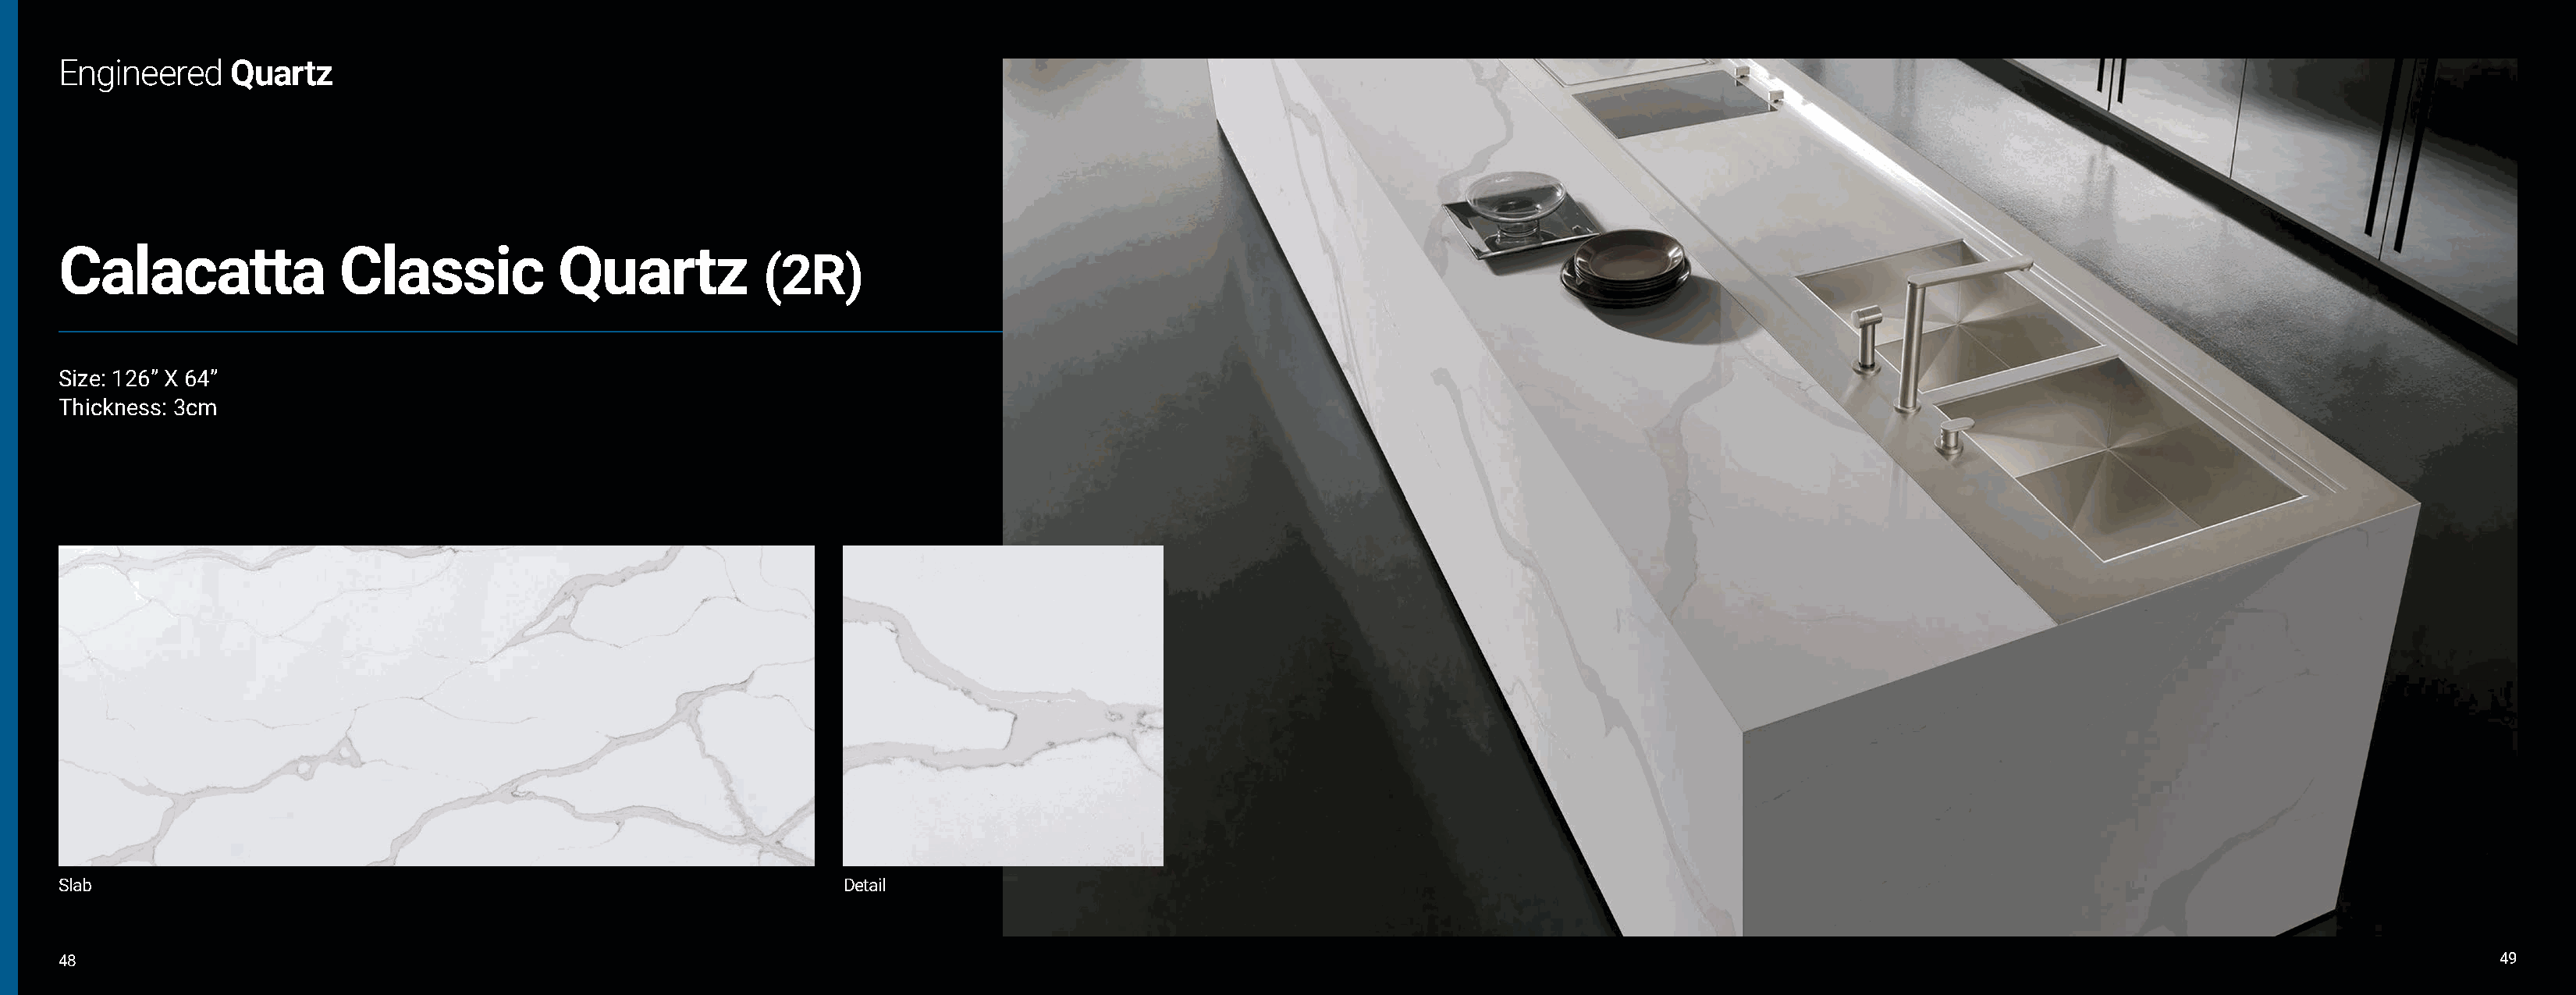
Engineered     Quartz
 Calacatta               Classic           Quartz
 (2R)
 Size: 126” X 64”
 Thickness: 3cm
 Slab                                                               Detail
 48                                                                                                                                                                                                             49